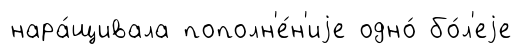
нара́щивала пополн'е́н'иjе одно́ бо́л'еjе